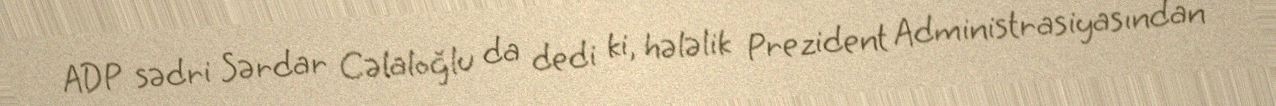
ADP sədri Sərdar Cəlaloğlu da dedi ki, hələlik Prezident Administrasiyasından